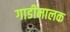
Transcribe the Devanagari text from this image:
गाडीमालक